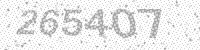
Solution: 265407